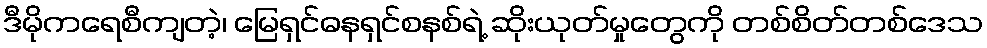
ဒီမိုကရေစီကျတဲ့၊ မြေရှင်ဓနရှင်စနစ်ရဲ့ ဆိုးယုတ်မှုတွေကို တစ်စိတ်တစ်ဒေသ